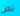
نحن